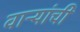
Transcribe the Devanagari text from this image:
वाऱ्यांची